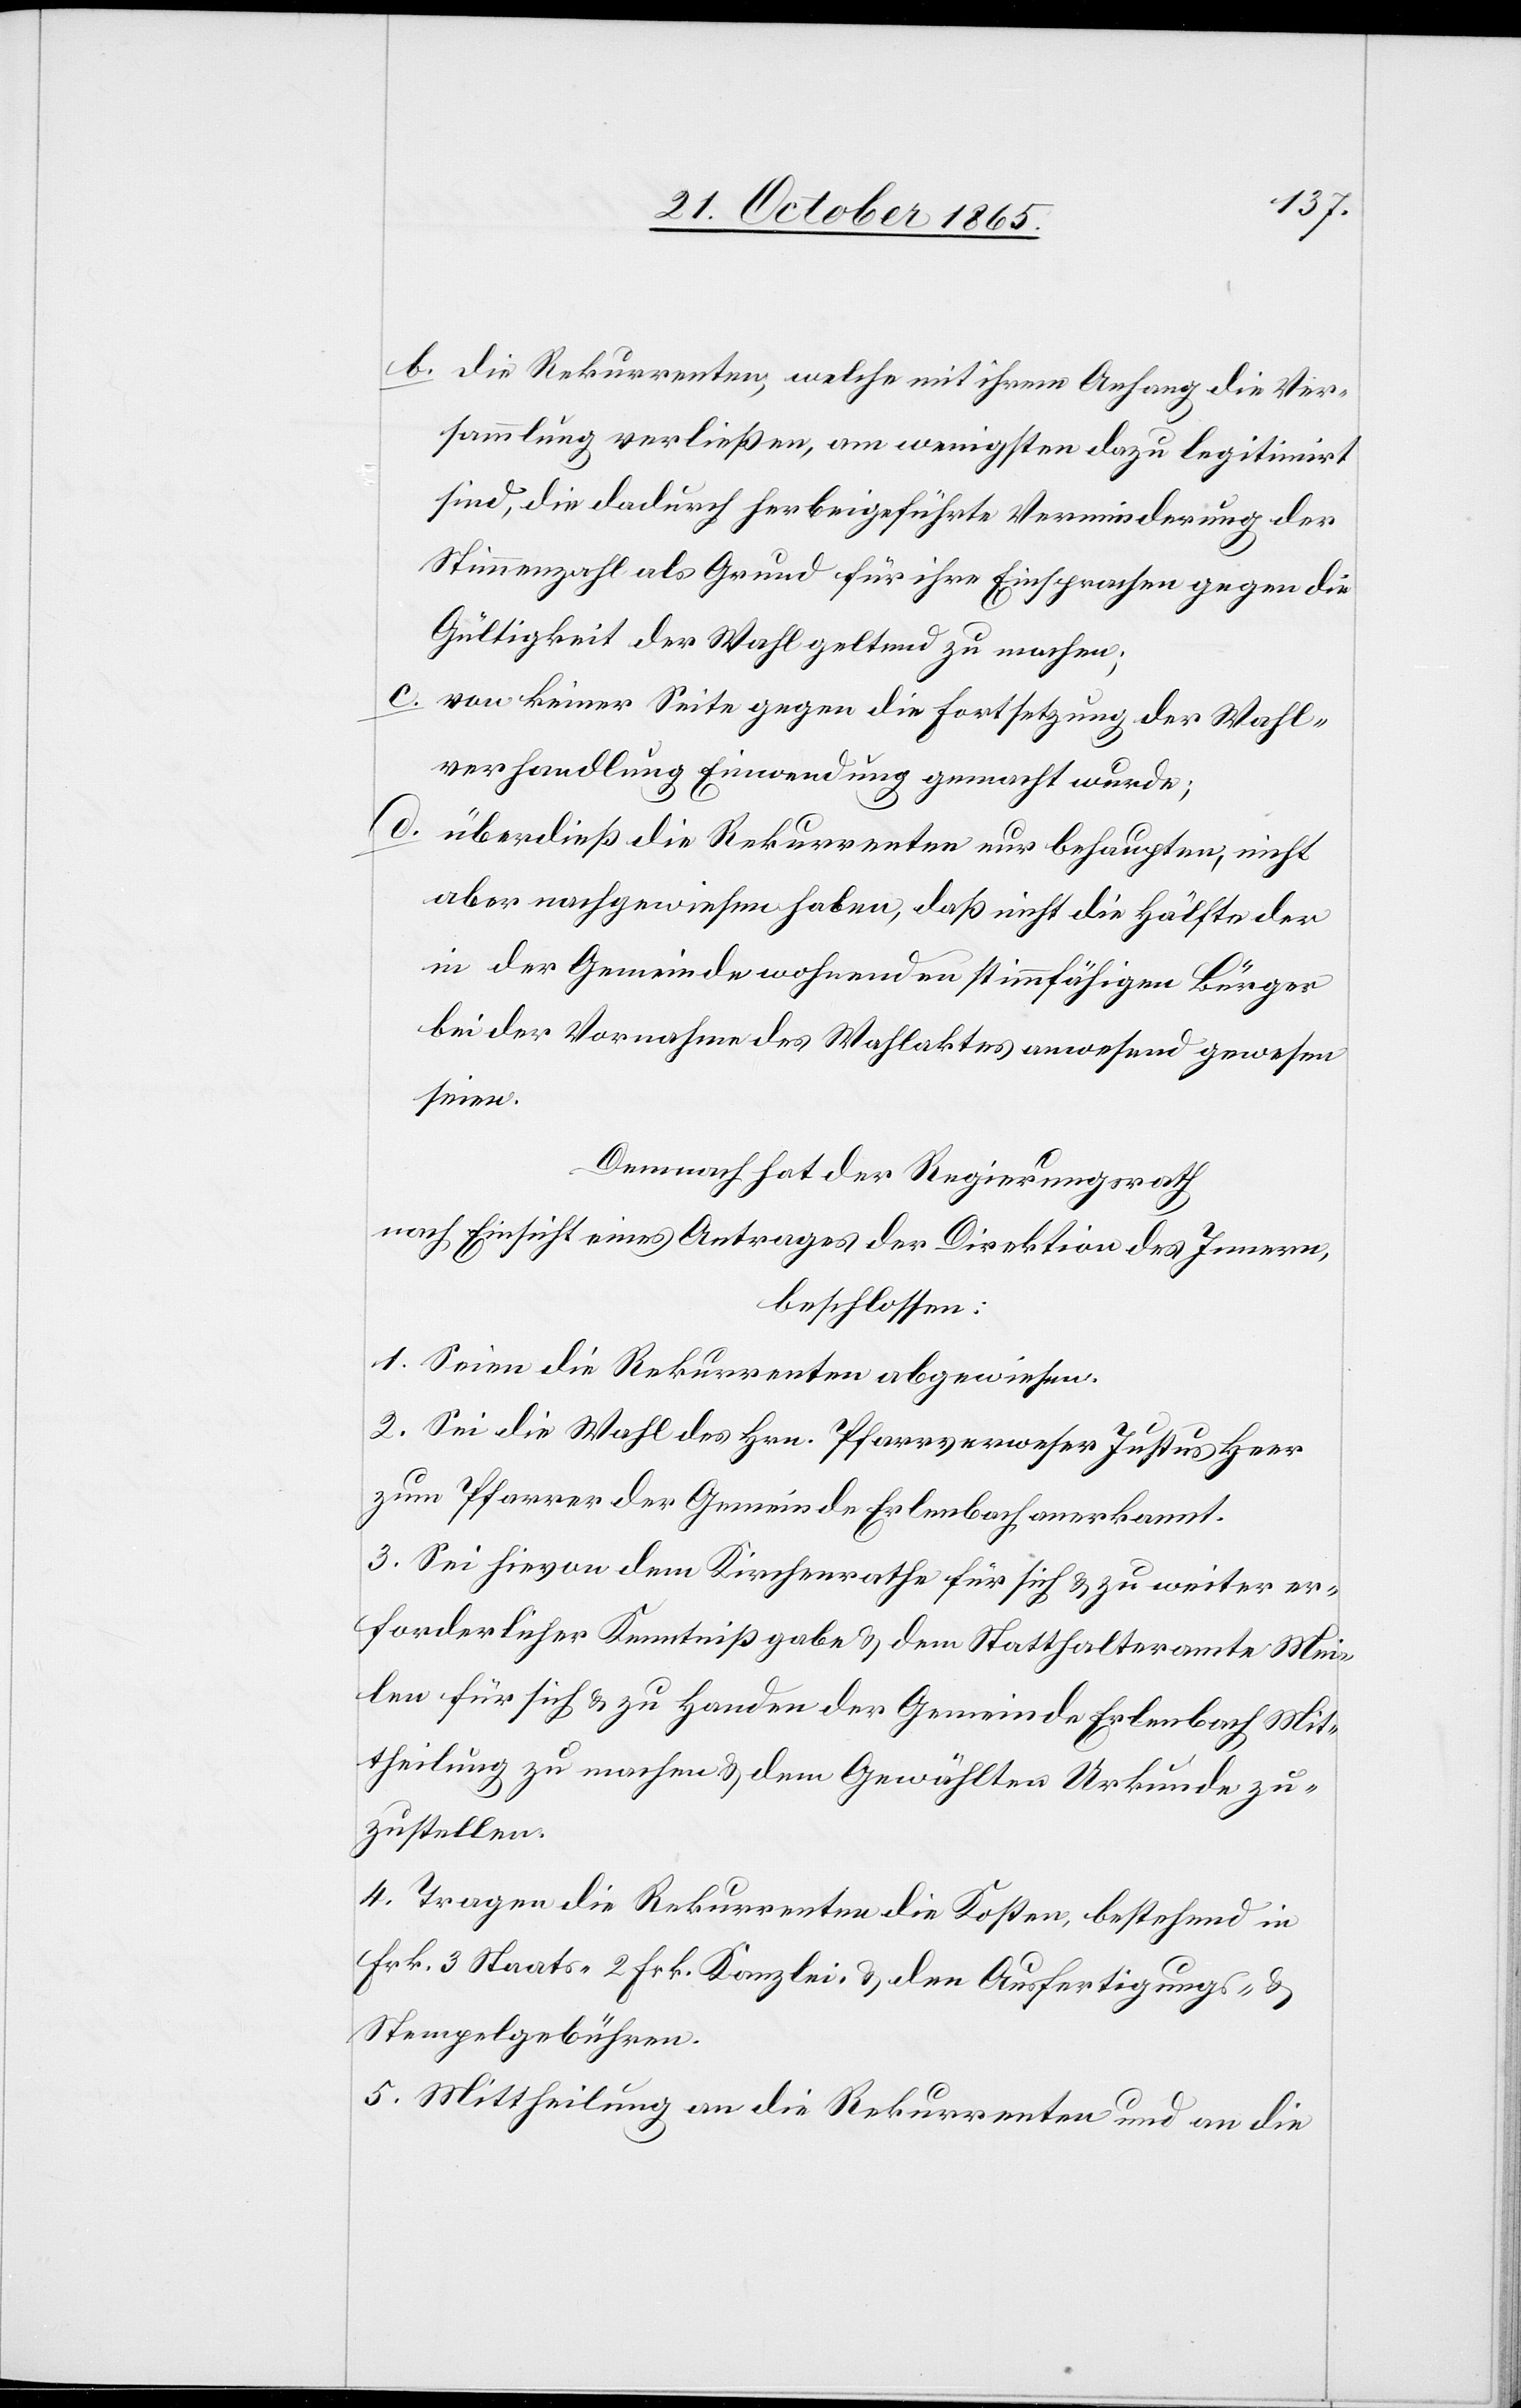
b. die Rekurrenten, welche mit ihrem Anhang die Ver¬
sammlung verließen, am wenigsten dazu legitimirt
sind, die dadurch herbeigeführte Verminderung der
Stimmenzahl als Grund für ihre Einsprache gegen die
Gültigkeit der Wahl geltend zu machen;
c. von keiner Seite gegen die Fortsetzung der Wahl¬
verhandlung Einwendung gemacht wurde;
d.
überdieß die Rekurrenten nur behaupten, nicht
aber nachgewiesen haben, daß nicht die Hälfte der
in der Gemeinde wohnenden stimmfähigen Bürger
bei der Vornahme des Wahlaktes anwesend gewesen
seien.
Demnach hat der Regierungsrath
nach Einsicht eines Antrages der Direktion des Innern,
beschlossen:
1. Seien die Rekurrenten abgewiesen.
2. Sei die Wahl des Hrn. Pfarrverweser Justus Heer
zum Pfarrer der Gemeinde Erlenbach anerkannt.
3. Sei hievon dem Kirchenrathe für sich & zu weiter er¬
forderlicher Kenntnißgabe & dem Statthalteramte Mei¬
len für sich & zu Handen der Gemeinde Erlenbach Mit¬
theilung zu machen & dem Gewählten Urkunde zu¬
zustellen.
4. Tragen die Rekurrenten die Kosten, bestehend in
Frk. 3 Staats- 2 Frk. Kanzlei- & den Ausfertigungs- und
Stempelgebühren.
5. Mittheilung an die Rekurrenten und an die